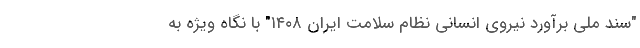
"سند ملی برآورد نیروی انسانی نظام سلامت ایران ۱۴۰۸" با نگاه ویژه به